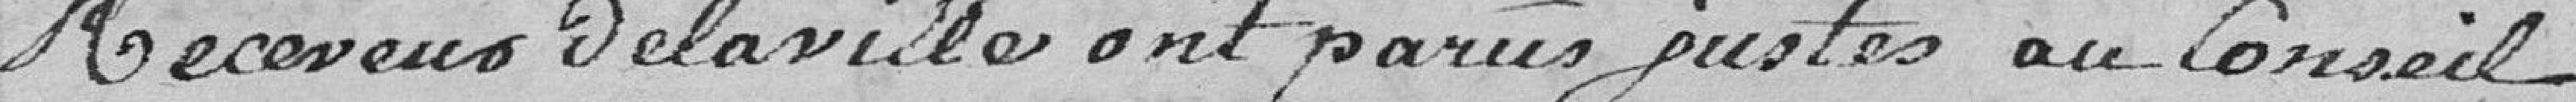
Receveur de la Ville ont parus justes au Conseil